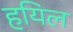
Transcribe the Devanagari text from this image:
हयिल